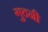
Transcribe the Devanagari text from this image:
गुठनी